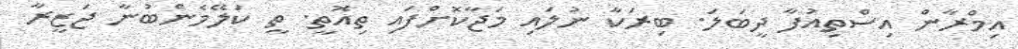
އިމްރާން އިސްތިއުފާ ދީބަލަ. ބިރަކާ ނުލައި މަޖާކޮށްފައި ތިއޮތީ. ތީ ކަލޭމެންބުނާ ޖަޒީރާ